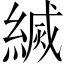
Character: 𦄅